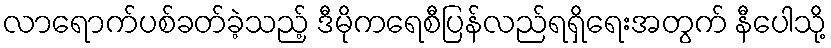
လာရောက်ပစ်ခတ်ခဲ့သည့် ဒီမိုကရေစီပြန်လည်ရရှိရေးအတွက် နီပေါသို့